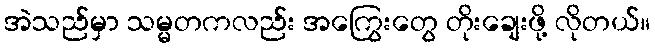
အဲသည်မှာ သမ္မတကလည်း အကြွေးတွေ တိုးချေးဖို့ လိုတယ်။